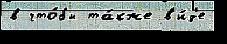
в что́бы та́кже в'и́д'е